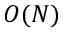
O ( N )